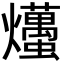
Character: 爡